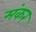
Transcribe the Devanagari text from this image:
मंकर